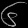
Digit: ၆